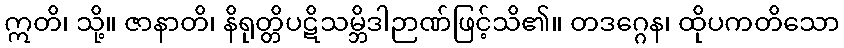
ဣတိ၊ သို့။ ဇာနာတိ၊ နိရုတ္တိပဋိသမ္ဘိဒါဉာဏ်ဖြင့်သိ၏။ တဒဂ္ဂေန၊ ထိုပကတိသော